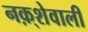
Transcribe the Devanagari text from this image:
नक़्शेवाली